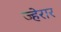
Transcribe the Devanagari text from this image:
ज्हेरार